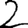
Digit: 2